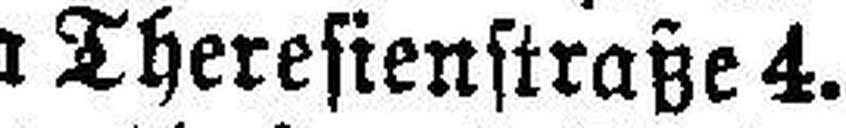
Anna=Apotheke, Maria Theresienstraße 4.